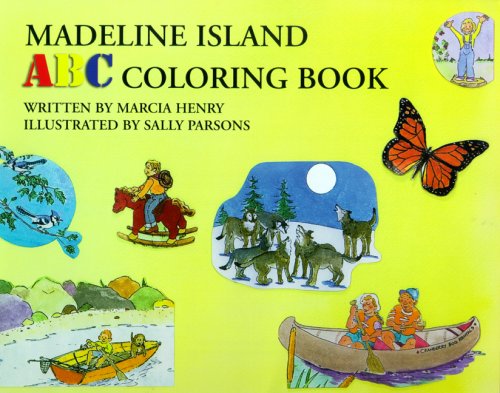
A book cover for Madeline Island ABC Coloring Book; Marcia Henry; Travel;